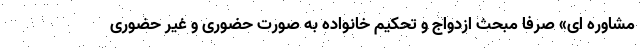
مشاوره ای» صرفا مبحث ازدواج و تحکیم خانواده به صورت حضوری و غیر حضوری